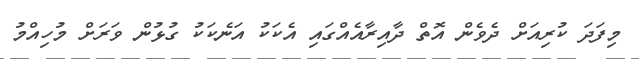
މިފަދަ ކުރިއަށް ދެވެން އޮތް ދާއިރާއެއްގައި އެކަކު އަނެކަކު ގުޅުން ވަރަށް މުހިއްމު